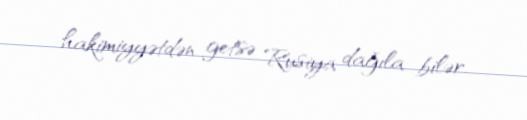
hakimiyyətdən getsə Rusiya dağıla bilər.